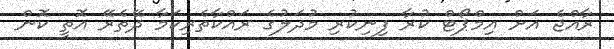
ރާއްޖެ އަށް އިމްޕޯޓް ކުރާ ފިނިކުރި މުދަލުގެ ރައްކާތެރިކަމާ ދޭތެރޭ އޮތީ ކޮން